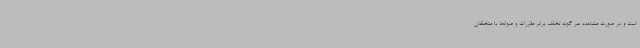
است و در صورت مشاهده هر گونه تخلف، برابر مقررات و ضوابط با متخلفان